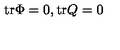
\mathrm { t r } \Phi = 0 , \mathrm { t r } Q = 0 \label n